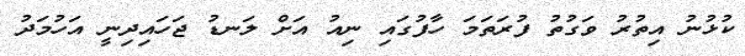
ކުޅުނު އިތުރު ވަގުތު ފުރަތަމަ ހާފުގައި ނިއު އަށް ލަނޑު ޖަހައިދިނީ އަހުމަދު